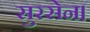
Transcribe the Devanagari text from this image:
सुरसेन।